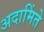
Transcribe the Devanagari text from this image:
अदामिंते